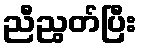
ညီညွတ်ပြီး